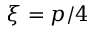
\xi = p / 4